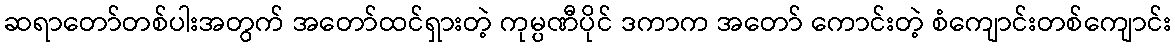
ဆရာတော်တစ်ပါးအတွက် အတော်ထင်ရှားတဲ့ ကုမ္ပဏီပိုင် ဒကာက အတော် ကောင်းတဲ့ စံကျောင်းတစ်ကျောင်း